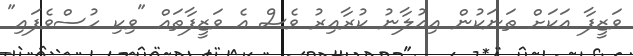
ވަޒީފާ އަކަށް ތަނަކުން އިއުލާނު ކުރާއިރު ވެސް އެ ވަޒީފާތައް "ވިކި ހުސްވެފައި"